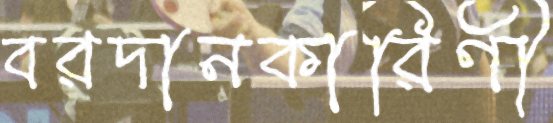
বরদানকারিণী